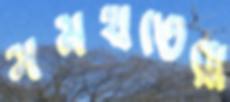
সমর্থতেরা